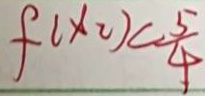
f ( x _ { 2 } ) < \frac { 5 } { 4 }